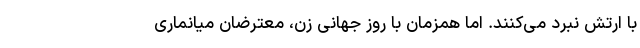
با ارتش نبرد می‌کنند. اما همزمان با روز جهانی زن، معترضان میانماری